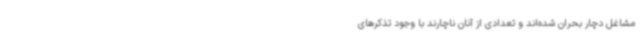
مشاغل دچار بحران شده‌اند و تعدادی از آنان ناچارند با وجود تذکرهای